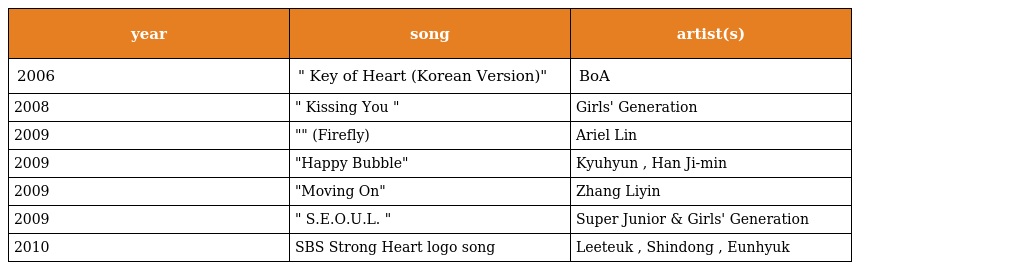
| year | song | artist(s) |
 | --- | --- | --- |
 | 2006 | " Key of Heart (Korean Version)" | BoA |
 | 2008 | " Kissing You " | Girls' Generation |
 | 2009 | "螢火蟲" (Firefly) | Ariel Lin |
 | 2009 | "Happy Bubble" | Kyuhyun , Han Ji-min |
 | 2009 | "Moving On" | Zhang Liyin |
 | 2009 | " S.E.O.U.L. " | Super Junior & Girls' Generation |
 | 2010 | SBS Strong Heart logo song | Leeteuk , Shindong , Eunhyuk |